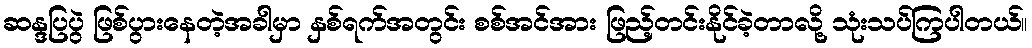
ဆန္ဒပြပွဲ ဖြစ်ပွားနေတဲ့အခါမှာ နှစ်ရက်အတွင်း စစ်အင်အား ဖြည့်တင်းနိုင်ခဲ့တာလို့ သုံးသပ်ကြပါတယ်။